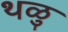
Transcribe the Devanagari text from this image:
थळु